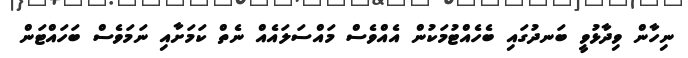
ނިހާން ވިދާޅުވީ ބަނދުގައި ބެހެއްޓުމަކުން އެއްވެސް މައްސަލައެއް ނެތް ކަމަށާއި ނަމަވެސް ބަހައްޓަން